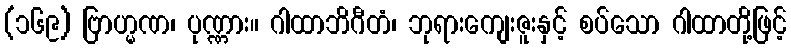
(၁၆၉) ဗြာဟ္မဏ၊ ပုဏ္ဏား။ ဂါထာဘိဂီတံ၊ ဘုရားကျေးဇူးနှင့် စပ်သော ဂါထာတို့ဖြင့်